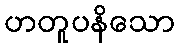
ဟတူပနိသော